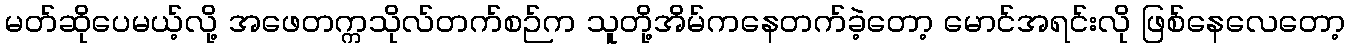
မတ်ဆိုပေမယ့်လို့ အဖေတက္ကသိုလ်တက်စဉ်က သူတို့အိမ်ကနေတက်ခဲ့တော့ မောင်အရင်းလို ဖြစ်နေလေတော့